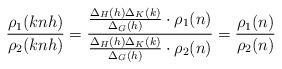
LaTeX: \begin{align*}\frac{\rho_1(knh)}{\rho_2(knh)}=\frac{\frac{\Delta_H(h)\Delta_K(k)}{\Delta_G(h)}\cdot \rho_1(n)}{\frac{\Delta_H(h)\Delta_K(k)}{\Delta_G(h)} \cdot \rho_2(n)}=\frac{\rho_1(n)}{\rho_2(n)}\end{align*}